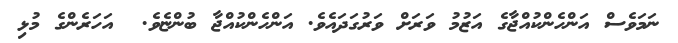
ނަމަވެސް އަންހެންކުއްޖާގެ އަޒުމު ވަރަށް ވަރުގަދައެވެ. އަންހެންކުއްޖާ ބުންޏެވެ.  އަހަރެންގެ މުޅި